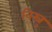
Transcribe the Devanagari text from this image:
विस्नु